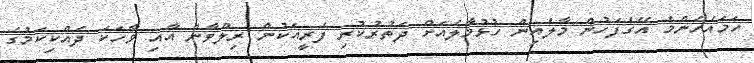
ހަމައެހެންމެ އޭގެފަހުން މާލެއިން ހުޅުމާލެއަށް ދަތުރުކުރި ފެރީއަކުން ރިލްވާން އާއި ވާހަކަ ދެއްކިކަމުގެ